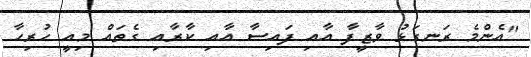
"އެންމެ ރަނގަޅު ވާޒީފާ އާއި ފައިސާ އާއި ކާރާއި ގެތައް މިއީ ހުރިހާ